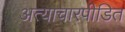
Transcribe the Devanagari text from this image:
अत्याचारपीडित